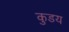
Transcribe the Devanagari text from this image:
कुडय